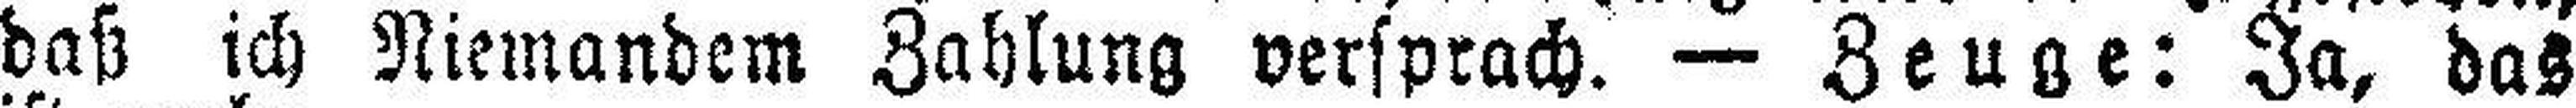
daß ich Niemandem Zahlung versprach. — Zeuge: Ja, das